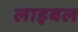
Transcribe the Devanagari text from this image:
लाइबल